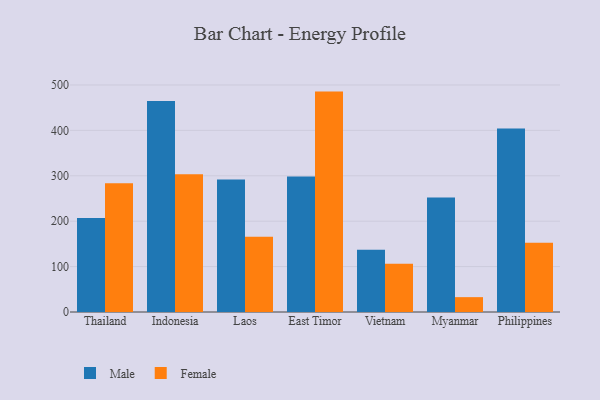
{"axis": {"x": "Country", "y": "Latency (ms)"}, "legend": ["Female", "Male"], "data": [{"x": "Thailand", "y": 206.8, "type": "Male"}, {"x": "Thailand", "y": 283.6, "type": "Female"}, {"x": "Indonesia", "y": 464.8, "type": "Male"}, {"x": "Indonesia", "y": 303.2, "type": "Female"}, {"x": "Laos", "y": 292.0, "type": "Male"}, {"x": "Laos", "y": 165.5, "type": "Female"}, {"x": "East Timor", "y": 298.6, "type": "Male"}, {"x": "East Timor", "y": 485.4, "type": "Female"}, {"x": "Vietnam", "y": 137.2, "type": "Male"}, {"x": "Vietnam", "y": 106.5, "type": "Female"}, {"x": "Myanmar", "y": 252.3, "type": "Male"}, {"x": "Myanmar", "y": 32.7, "type": "Female"}, {"x": "Philippines", "y": 404.0, "type": "Male"}, {"x": "Philippines", "y": 152.5, "type": "Female"}]}